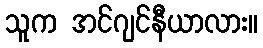
သူက အင်ဂျင်နီယာလား။